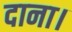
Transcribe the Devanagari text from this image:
दाना।